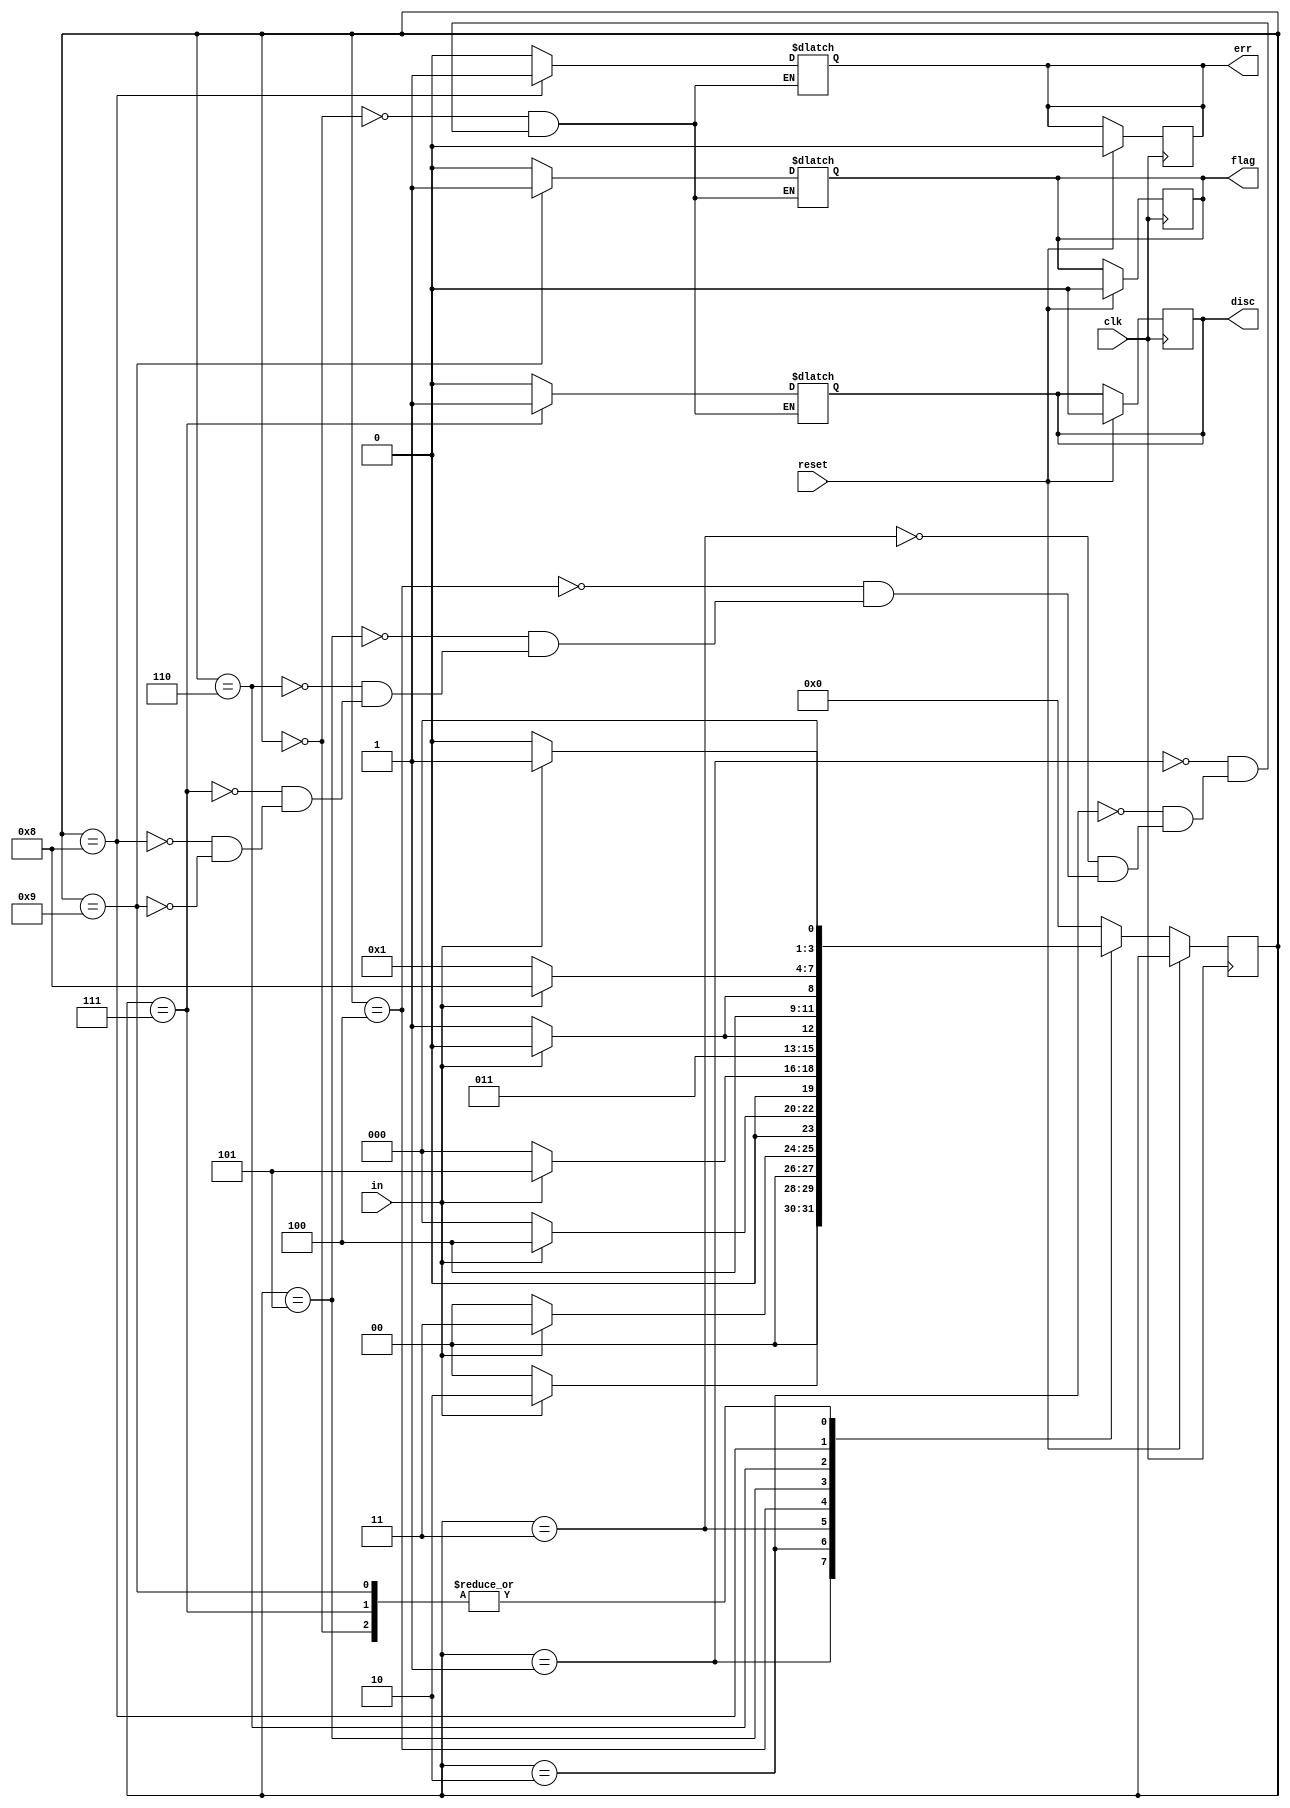
/*
*    HDLC
*    6101111110
*    5100
*    71
*
*    
*    01111100disc=1
*    01111110/flag=1
*    01111111 ...71err_=1
*    FSM0
*/

module top_module(
    input clk,
    input reset,    // 
    input in,
    output reg disc,
    output reg flag,
    output reg err
);
    parameter S0=0, S1=1, S2=2, S3=3, S4=4, S5=5, S6=6, discard=7, err_=8, flag_=9;
    reg [3:0] state,next_state;
    always @(posedge clk) begin
        if (reset) begin
            {disc,flag,err}=3'b000;
        end
        else begin
            case (state)
                S0:
                begin
                    if (in==1) begin
                        next_state = S1; 
                    end
                    else begin
                        next_state = S0; 
                end
            end
                S1:
                begin
                    if (in==1) begin
                        next_state = S2; 
                    end
                    else begin
                        next_state = S0;
                    end
                end
                S2:
                begin
                    if (in==1) begin
                        next_state = S3;  
                    end
                    else begin
                        next_state = S0;
                    end
                end
                S3:
                begin
                    if (in==1) begin
                        next_state = S4; 
                    end
                    else begin
                        next_state = S0;
                    end
                end
                S4:
                begin
                    if (in==1) begin
                        next_state = S5;
                    end
                    else begin
                        next_state = S0;
                    end
                end
                S5:
                begin
                    if (in==1) begin
                        next_state = S6; 
                    end
                    else begin
                        next_state = discard;  // discard 0
                    end
                end
                S6:
                begin
                    if (in==1) begin
                        next_state = err_;
                    end
                    else begin
                        next_state = flag_; 
                    end
                end
                discard:
                begin
                    if (in==1) begin
                        next_state = S1;
                    end
                    else begin
                        next_state = S0;
                    end
                end
                err_:
                begin
                    if (in==1) begin
                        next_state = err_;
                    end
                    else begin
                        next_state = S1;
                    end
                end
                flag_:
                begin
                    if (in==1) begin
                        next_state = S1;
                    end
                    else begin
                        next_state = S0;
                    end
                end
                default: next_state = S0;
            endcase
        end
    end

    always @(*) begin
        state <= next_state;
        case (state)
            S0:
                {disc,flag,err}=3'b000;
            S1:
                {disc,flag,err}=3'b000;
            S2:
                {disc,flag,err}=3'b000;
            S3:
                {disc,flag,err}=3'b000;
            S4:
                {disc,flag,err}=3'b000;
            S5:
                {disc,flag,err}=3'b000;
            S6:
                {disc,flag,err}=3'b000;
            discard:
                {disc,flag,err}=3'b100;
            err_:
                {disc,flag,err}=3'b001;
            flag_:
                {disc,flag,err}=3'b010;
        endcase
    end

endmodule